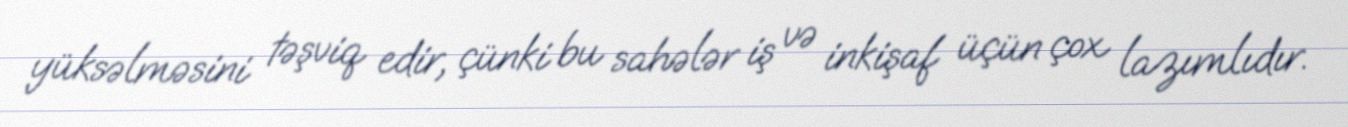
yüksəlməsini təşviq edir, çünki bu sahələr iş və inkişaf üçün çox lazımlıdır.